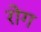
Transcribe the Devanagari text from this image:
रोग